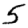
Digit: 5